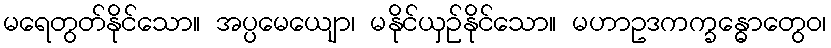
မရေတွတ်နိုင်သော။ အပ္ပမေယျော၊ မနိုင်ယှဉ်နိုင်သော။ မဟာဥဒကက္ခန္ဓောတွေဝ၊